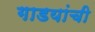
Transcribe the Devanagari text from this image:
गाडयांची